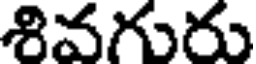
శివగురు